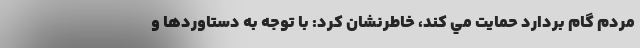
مردم گام بردارد حمايت مي كند، خاطرنشان كرد: با توجه به دستاوردها و